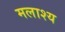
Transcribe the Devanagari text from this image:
मलाश्य